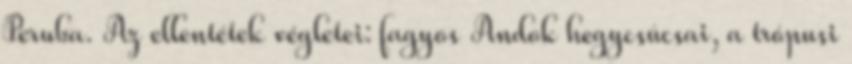
Peruba. Az ellentétek végletei: fagyos Andok hegycsúcsai, a trópusi